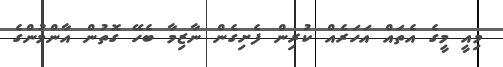
މިއީ މީގެ އެތައް އަހަރެއް ކުރިން ފެށިގެން ނާޒިމާ ބެހޭ ގޮތުން އާންމުންގެ